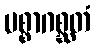
ပစ္စာဂစ္ဆတံ